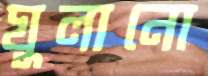
ঘুলানো